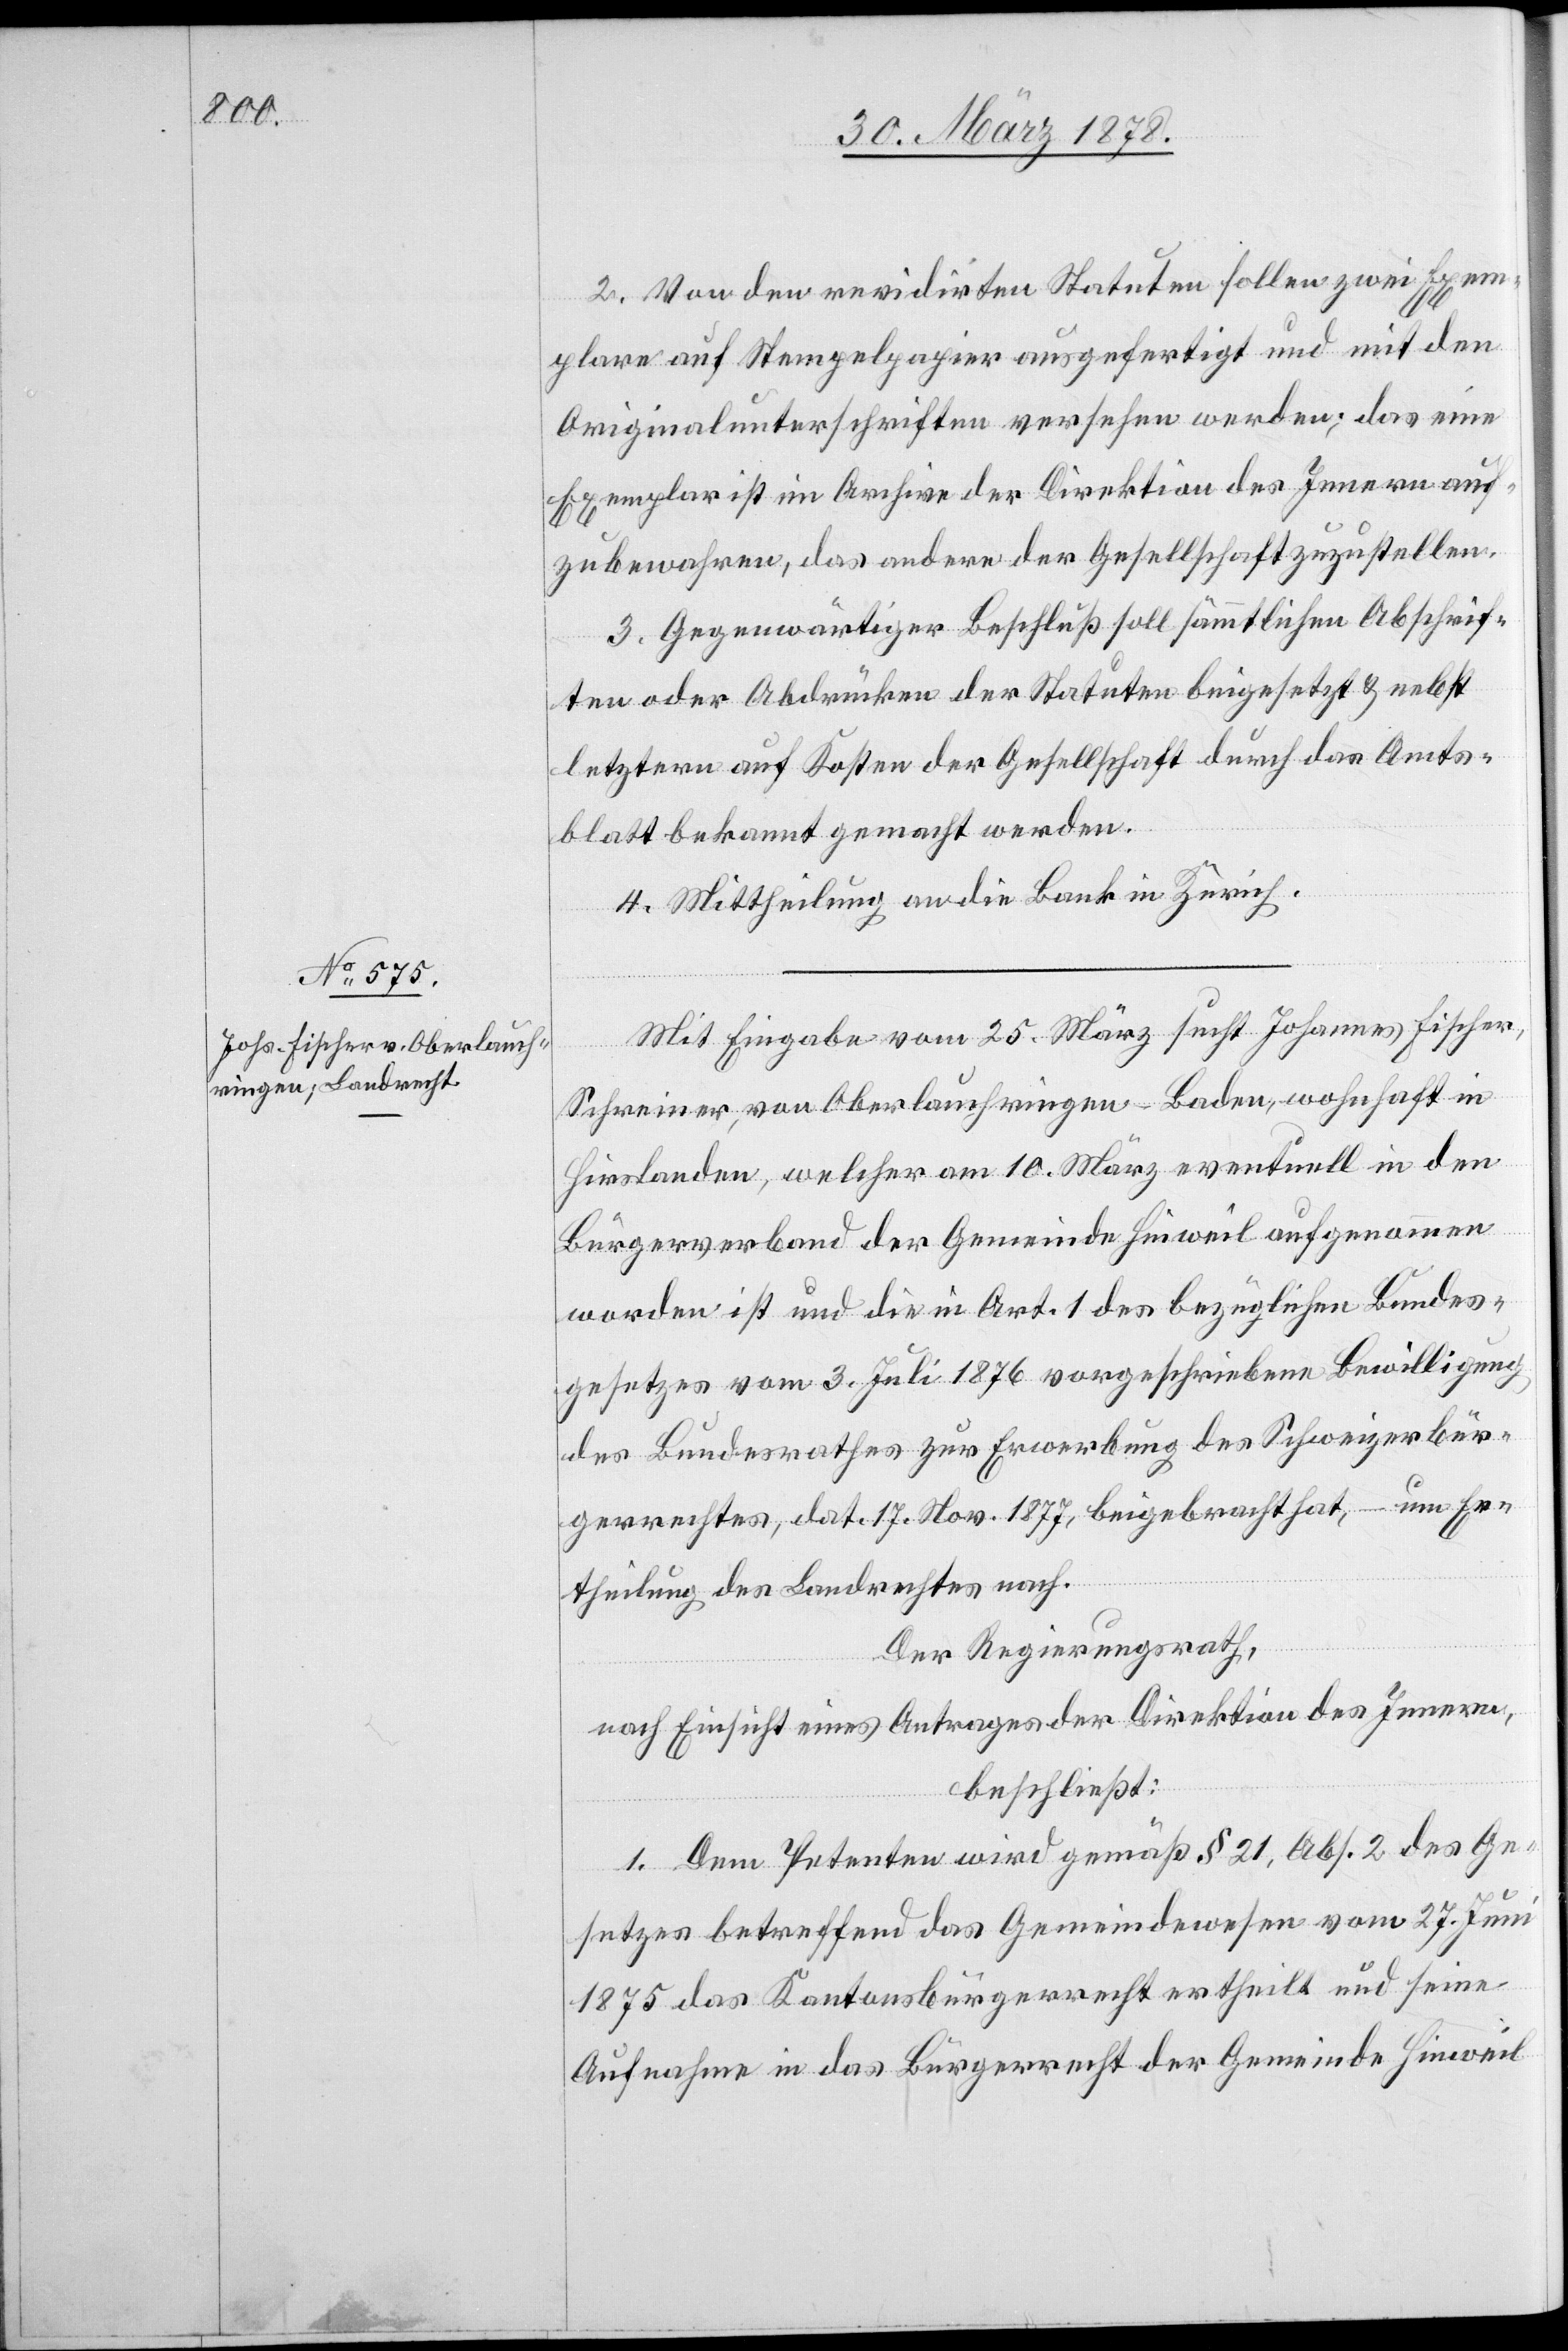
2. Von den revidirten Statuten sollen zwei Exem¬
plare auf Stempelpapier ausgefertigt und mit den
Originalunterschriften versehen werden; das eine
Exemplar ist im Archiv der Direktion des Innern auf¬
zubewahren, das andere der Gesellschaft zuzustellen.
3. Gegenwärtiger Beschluß soll sämmtlichen Abschrif¬
ten oder Abdrücken der Statuten beigesetzt & nebst
letztern auf Kosten der Gesellschaft durch das Amts¬
blatt bekannt gemacht werden.
4. Mittheilung an die Bank in Zürich.
Mit Eingabe vom 25. März sucht Johannes Fischer,
Schreiner, von Oberlauchringen - Baden, wohnhaft in
Hirslanden, welcher am 10. März eventuell in den
Bürgerverband der Gemeinde Hinweil aufgenommen
worden ist und die in Art. 1 des bezüglichen Bundes¬
gesetzes vom 3. Juli 1876 vorgeschriebene Bewilligung
des Bundesrathes zur Erwerbung des Schweizerbür¬
gerrechtes, dat. 17. Nov. 1877, beigebracht hat, – um Er¬
theilung des Landrechtes nach.
Der Regierungsrath,
nach Einsicht eines Antrages der Direktion des Innern,
beschließt:
1. Dem Petenten wird gemäß § 21, Abs. 2 des Ge¬
setzes betreffend das Gemeindewesen vom 27. Juni
1875 das Kantonsbürgerrecht ertheilt und seine
Aufnahme in das Bürgerrecht der Gemeinde Hinweil